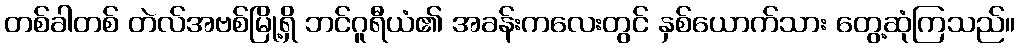
တစ်ခါတစ် တဲလ်အဗစ်မြို့ရှိ ဘင်ဂူရီယံ၏ အခန်းကလေးတွင် နှစ်ယောက်သား တွေ့ဆုံကြသည်။